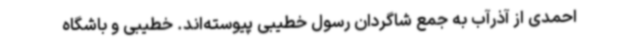
احمدی از آذرآب به جمع شاگردان رسول خطیبی پیوسته‌اند. خطیبی و باشگاه